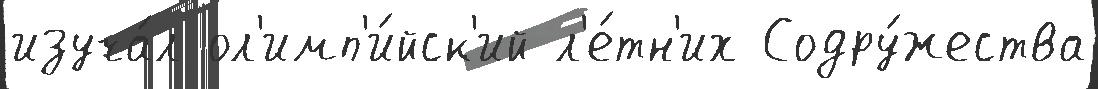
изуча́л ол'имп'и́йск'ий л'е́тн'их Содру́жества